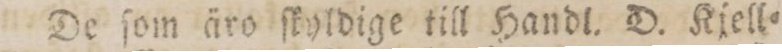
De ſom äro ſkyldige till Handl. D. Kjell=